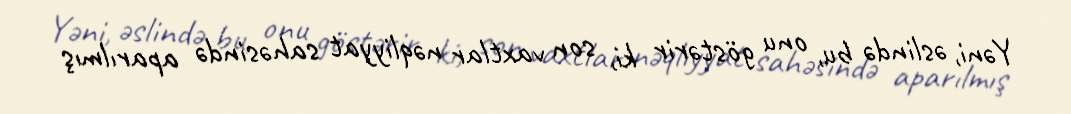
Yəni, əslində bu, onu göstərir ki, son vaxtlar nəqliyyat sahəsində aparılmış